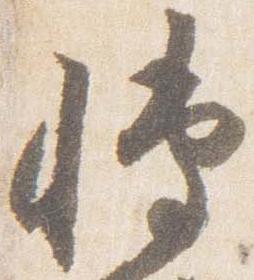
博